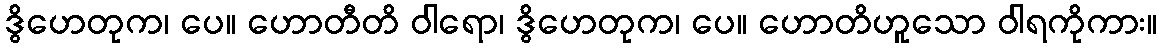
ဒွိဟေတုက၊ ပေ။ ဟောတီတိ ဝါရော၊ ဒွိဟေတုက၊ ပေ။ ဟောတိဟူသော ဝါရကိုကား။